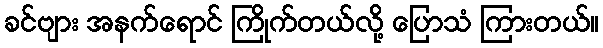
ခင်ဗျား အနက်ရောင် ကြိုက်တယ်လို့ ပြောသံ ကြားတယ်။